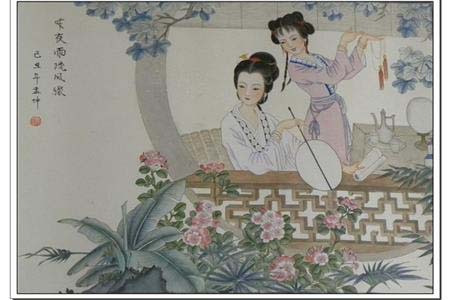
知否，知否？应是绿肥红瘦。